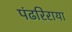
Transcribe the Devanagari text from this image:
पंढरिराया